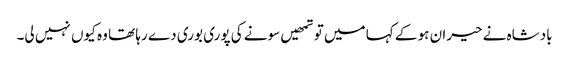
بادشاہ نے حیران ہو کے کہا میں تو تمھیں سونے کی پوری بوری دے رہا تھا وہ کیوں نہیں لی۔